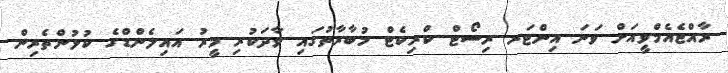
ރާއްޖެއެމްވީއަށް ވަނަ އިންޓަރ ރިސޯޓް ކްރިކެޓް މުބާރާތުގައި ވާދަކުރި މީރު އައިލެންޑްގެ ކުޅުންތެރިން.